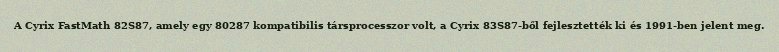
A Cyrix FastMath 82S87, amely egy 80287 kompatibilis társprocesszor volt, a Cyrix 83S87-ből fejlesztették ki és 1991-ben jelent meg.